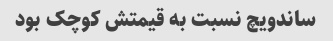
ساندویچ نسبت به قیمتش کوچک بود